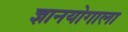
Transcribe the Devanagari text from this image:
ज्ञानयोगाला